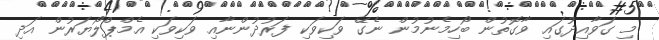
މި ގަވާއިދުގައި ވާގޮތުން ބޯހިމެނުމުން ނެގޭ ވަކިވަކި ފަރުދުންނާއި ވަކިވަކި އެމްޕްލޯޔަރުން އަދި